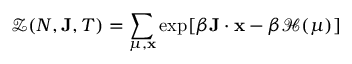
{ \mathcal { Z } } ( N , \mathbf { J } , T ) = \sum _ { \mu , \mathbf { x } } \exp [ \beta \mathbf { J } \cdot \mathbf { x } - \beta { \mathcal { H } } ( \mu ) ]